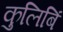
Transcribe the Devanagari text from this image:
कुलिबिं